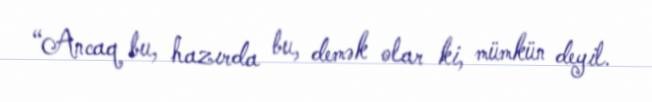
“Ancaq bu, hazırda bu, demək olar ki, mümkün deyil.